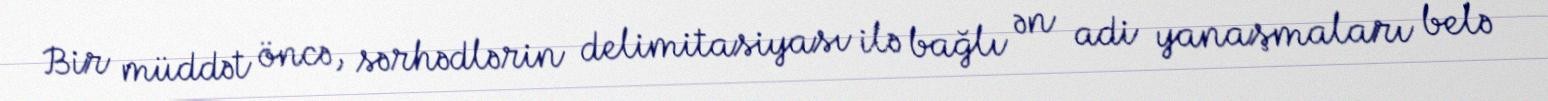
Bir müddət öncə, sərhədlərin delimitasiyası ilə bağlı ən adi yanaşmaları belə